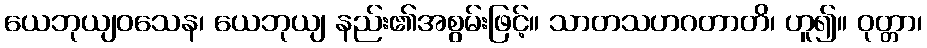
ယေဘုယျဝသေန၊ ယေဘုယျ နည်း၏အစွမ်းဖြင့်။ သာတသဟဂတာတိ၊ ဟူ၍။ ဝုတ္တာ၊